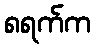
၈ရက်က